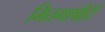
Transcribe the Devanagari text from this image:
मितभाषीही